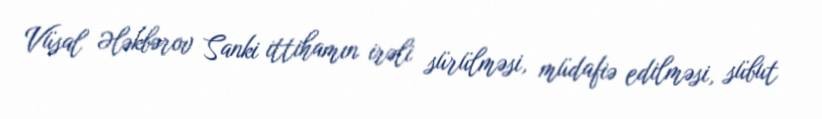
Vüsal Ələkbərov Sanki ittihamın irəli sürülməsi, müdafiə edilməsi, sübut